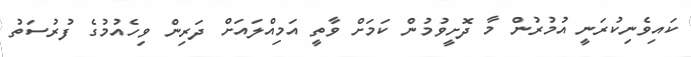
ކައިވެނިކުރަނީ އުމުރުން މާ ދޮށީވުމުން ކަމަށް ވާތީ އަމިއްލައަށް ދަރިން ވިހެއުމުގެ ފުރުސަތު